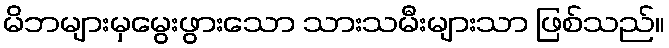
မိဘများမှမွေးဖွားသော သားသမီးများသာ ဖြစ်သည်။